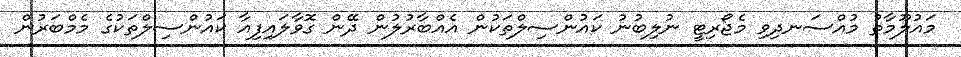
މައުލޫމާތު މުއްސަނދިވި މެޖޯރިޓީ ނުލިބުނު ކައުންސިލްތަކުން އެއްބާރުލުން ދޭން ގޮވާލައިފިއާ ކައުންސިލްތަކުގެ މެމްބަރުން